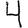
Digit: 4